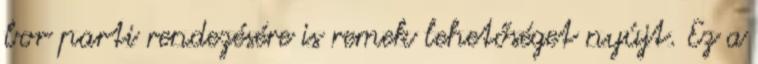
bor parti rendezésére is remek lehetőséget nyújt. Ez a